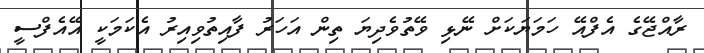
ރާއްޖޭގެ އެފްއޭ ހަމަޔަކަށް ނޭޅި ވޭތުވެދިޔަ ތިން އަހަރު ފާއިތުވިއިރު އެކަމަކީ އޭއެފްސީ